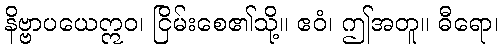
နိဗ္ဗာပယေဣဝ၊ ငြိမ်းစေ၏သို့။ ဧဝံ၊ ဤအတူ။ ဓီရော၊